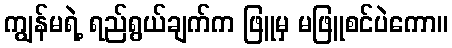
ကျွန်မရဲ့ ရည်ရွယ်ချက်က ဖြူမှ မဖြူစင်ပဲကော။